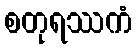
စတုရဿကံ